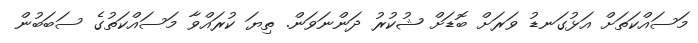
މަސައްކަތަށް އަޅުގަނޑު ވަރަށް ބޮޑަށް ޝުކުރު ދަންނަވަން. ތިޔަ ކުރައްވާ މަސައްކަތުގެ ސަބަބުން